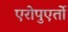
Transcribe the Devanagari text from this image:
एरोपुएर्तो